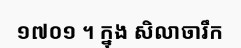
១៧០១ ។ ក្នុង សិលាចារឹក